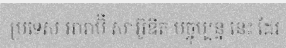
ប្រទេស អារ៉ាប៊ី សាអ៊ូឌីត បច្ចុប្បន្ន នេះ ដែរ